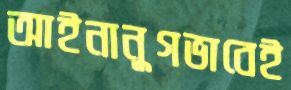
আইনানুগভাবেই